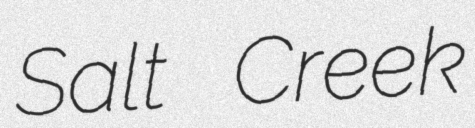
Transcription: Salt Creek